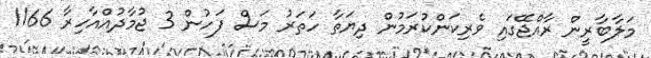
މަލާބާރީން ރާއްޖޭގައި ވެރިކަންކުރަމުން ދިޔަތާ ހަތަރު މަސް ފަހުން 3 ޖުމާދުއްއާހިރާ 1166